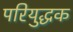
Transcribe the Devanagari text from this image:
परियुद्धक